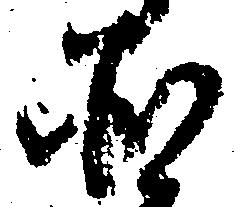
そ